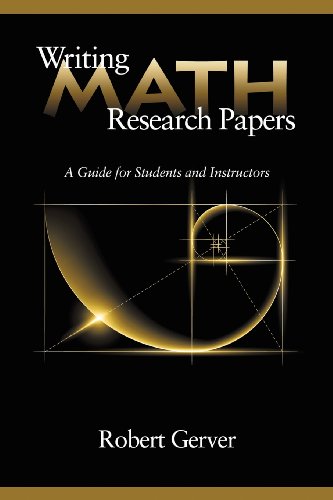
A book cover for Writing Math Research Papers: A Guide for Students and Instructors; Robert Gerver; Science & Math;